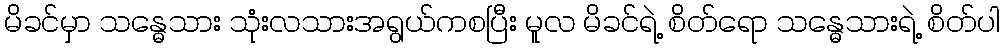
မိခင်မှာ သန္ဓေသား သုံးလသားအရွယ်ကစပြီး မူလ မိခင်ရဲ့ စိတ်ရော သန္ဓေသားရဲ့ စိတ်ပါ